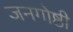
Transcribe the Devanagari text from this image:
जनगोष्ठी